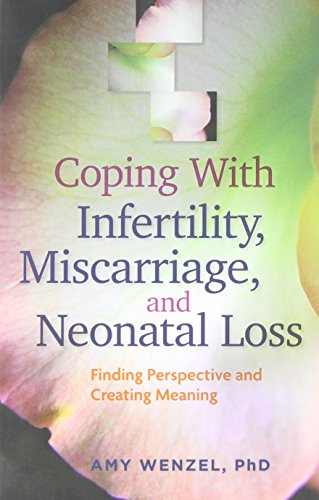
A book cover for Coping With Infertility, Miscarriage, and Neonatal Loss: Finding Perspective and Creating Meaning (Lifetools: Books for the General Public); Amy Wenzel; Parenting & Relationships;